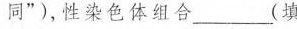
同”)，性染色体组合___(填